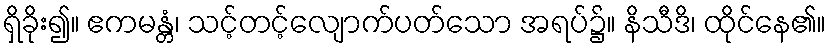
ရှိခိုး၍။ ဧကမန္တံ၊ သင့်တင့်လျောက်ပတ်သော အရပ်၌။ နိသီဒိ၊ ထိုင်နေ၏။